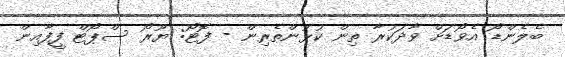
ބެލެންޑޯ އެވޯޑަށް ވާދަކުރާ ތިން ކުޅުންތެރިން - ފޮޓޯ: ޔޫރޯ ސްޕޯޓް ފީފާއިން